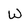
Character: W